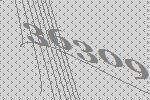
36309